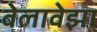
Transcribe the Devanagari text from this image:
बेलावेझा